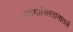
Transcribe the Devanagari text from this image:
अफगाणिस्तानातले